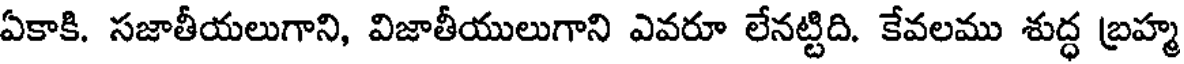
ఏకాకి. సజాతీయలుగాని, విజాతీయులుగాని ఎవరూ లేనట్టిది. కేవలము శుద్ధ బ్రహ్మ